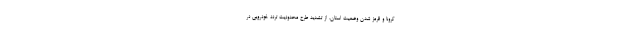
کرونا و قرمز شدن وضعیت استان، از تشدید طرح محدودیت تردد خودرویی در